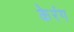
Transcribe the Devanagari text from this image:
केरंग